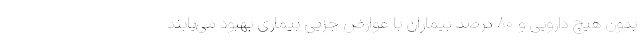
بدون هیچ دارویی و ۸۰ درصد بیماران با عوارض جزیی بیماری بهبود می‌یابند